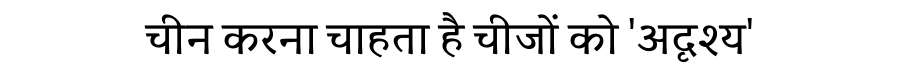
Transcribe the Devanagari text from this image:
चीन करना चाहता है चीजों को 'अदृश्य'